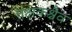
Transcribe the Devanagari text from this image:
तक्षकश्चैव